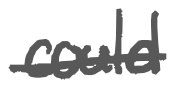
Text: could
Cross-out: mix
Writing tool: digital_gray